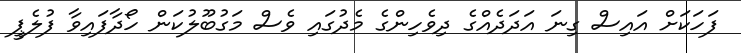
ފަހަކަށް އައިސް ގިނަ އަދަދެއްގެ ދިވެހިންގެ މެދުގައި ވެސް މަގުބޫލުކަން ހޯދާފައިވާ ފުލެޕީ